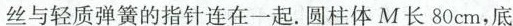
丝与轻质弹簧的指针连在一起。圆柱体M长80cm，底